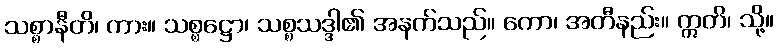
သစ္စာနီတိ၊ ကား။ သစ္စဋ္ဌော၊ သစ္စသဒ္ဒါ၏ အနက်သည်။ ကော၊ အတီနည်း။ ဣတိ၊ သို့။